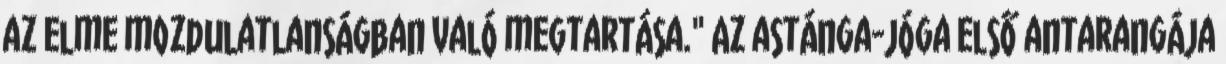
az elme mozdulatlanságban való megtartása." Az astánga-jóga első antarangája